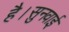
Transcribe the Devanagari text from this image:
है।सुनवाई